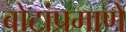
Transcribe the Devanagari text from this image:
बोटांप्रमाणे